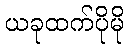
ယခုထက်ပိုမို